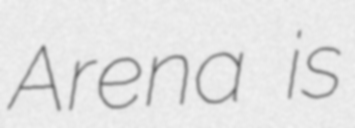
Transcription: Arena is